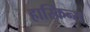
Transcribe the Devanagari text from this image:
हास्किन्स